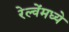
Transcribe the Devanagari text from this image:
रेल्वेंमध्ये